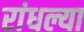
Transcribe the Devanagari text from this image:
रांधल्या